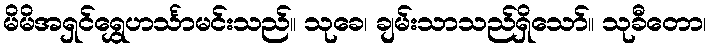
မိမိအရှင်ရွှေဟင်္သာမင်းသည်။ သုခေ၊ ချမ်းသာသည်ရှိသော်။ သုခီတော၊